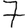
Digit: 7